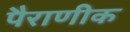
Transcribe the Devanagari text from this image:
पैराणीक